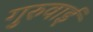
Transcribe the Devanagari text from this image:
गुरुवाई